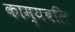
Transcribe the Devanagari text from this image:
काम्यबलि